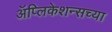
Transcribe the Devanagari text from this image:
ॲप्लिकेशन्सच्या